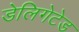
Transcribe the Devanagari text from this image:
डेलिगेटेड